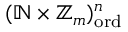
( \mathbb { N } \times \mathbb { Z } _ { m } ) _ { \mathrm { o r d } } ^ { n }